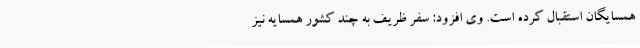
همسایگان استقبال کرده است. وی افزود: سفر ظریف به چند کشور همسایه نیز